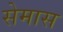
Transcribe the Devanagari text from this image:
सेमास